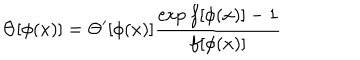
\Theta [ \phi ( x ) ] = \Theta ^ { \prime } [ \phi ( x ) ] \frac { \exp f [ \phi ( x ) ] - 1 } { f [ \phi ( x ) ] }